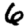
Digit: 6